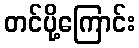
တင်ပို့ကြောင်း